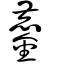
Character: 鏖